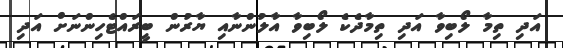
އަދި ތިމާ ލޯބިވާ އަދި ތިމާދެކެ ލޯބިވާ އާލުންނާއި ޔާރުން ބީރައްޓެހިންނަށް އަދި